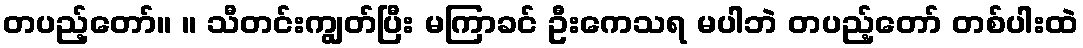
တပည့်တော်။ ။ သီတင်းကျွတ်ပြီး မကြာခင် ဦးကေသရ မပါဘဲ တပည့်တော် တစ်ပါးထဲ